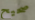
صحيح